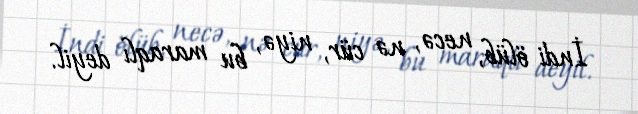
İndi ölüb, necə, nə cür, niyə, bu maraqlı deyil.